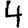
Digit: 4